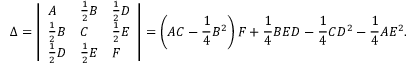
\Delta = { \left| \begin{array} { l l l } { A } & { { \frac { 1 } { 2 } } B } & { { \frac { 1 } { 2 } } D } \\ { { \frac { 1 } { 2 } } B } & { C } & { { \frac { 1 } { 2 } } E } \\ { { \frac { 1 } { 2 } } D } & { { \frac { 1 } { 2 } } E } & { F } \end{array} \right| } = \left( A C - { \frac { 1 } { 4 } } B ^ { 2 } \right) F + { \frac { 1 } { 4 } } B E D - { \frac { 1 } { 4 } } C D ^ { 2 } - { \frac { 1 } { 4 } } A E ^ { 2 } .